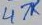
Text: 47K